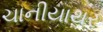
ચાનીયાથર